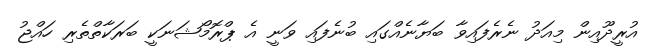
އުރީދޫއިން މިއަދު ނެރެފައިވާ ބަޔާނެއްގައި ބުނެފައި ވަނީ އެ ޕްރޮމޯޝަނަކީ ބަރަކާތްތެރި ހައްޖު